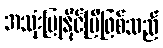
အသုံးပြုနိုင်ပြီဖြစ်သည်